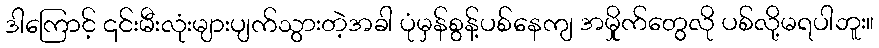
ဒါကြောင့် ၎င်းမီးလုံးများပျက်သွားတဲ့အခါ ပုံမှန်စွန့်ပစ်နေကျ အမှိုုက်တွေလို ပစ်လို့မရပါဘူး။